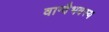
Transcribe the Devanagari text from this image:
वाग्वैभवस्य